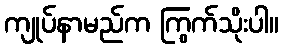
ကျုပ်နာမည်က ကြွက်သိုးပါ။